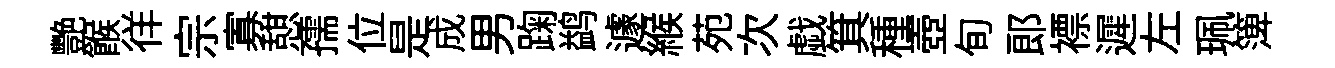
艷餱徉宗寡憇孺位是成男踘鹢遽緱苑次戯箕種壺旬郎褾遲左珮𥱼